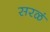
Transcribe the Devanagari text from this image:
सरळं